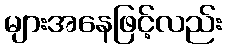
များအနေဖြင့်လည်း